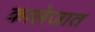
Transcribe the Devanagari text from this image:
कालेजात